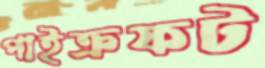
পাইক্রফট